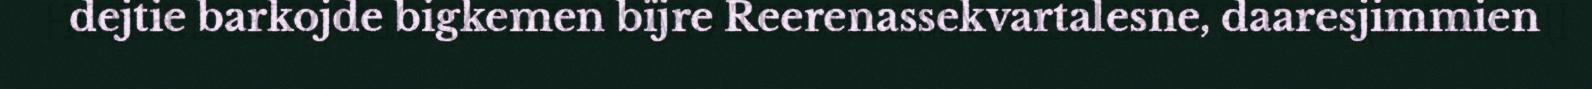
dejtie barkojde bigkemen bïjre Reerenassekvartalesne, daaresjimmien